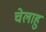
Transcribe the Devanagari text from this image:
चेलाहु